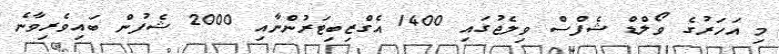
މި އަހަރުގެ ވޯލްޑް ޝެފްސް ވިލެޖުގައި 1400 އެގްޒިބިޓަރުންނާއި 2000 ޝެފުން ބައިވެރިވާނެ